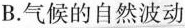
B. 气候的自然波动